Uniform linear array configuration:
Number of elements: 24
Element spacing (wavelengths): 0.75
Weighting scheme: binomial
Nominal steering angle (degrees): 15
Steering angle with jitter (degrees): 13.449
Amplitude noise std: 0.05
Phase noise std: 0.05

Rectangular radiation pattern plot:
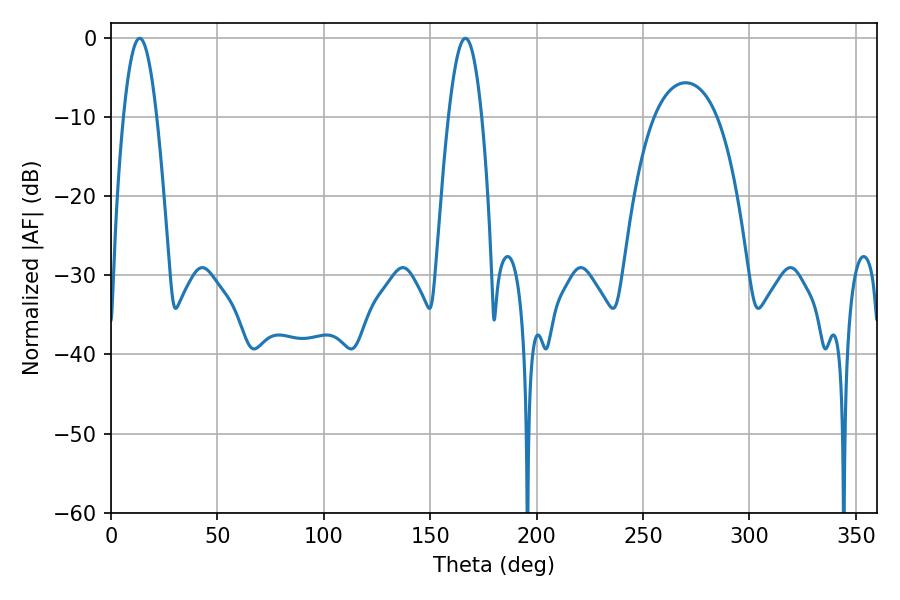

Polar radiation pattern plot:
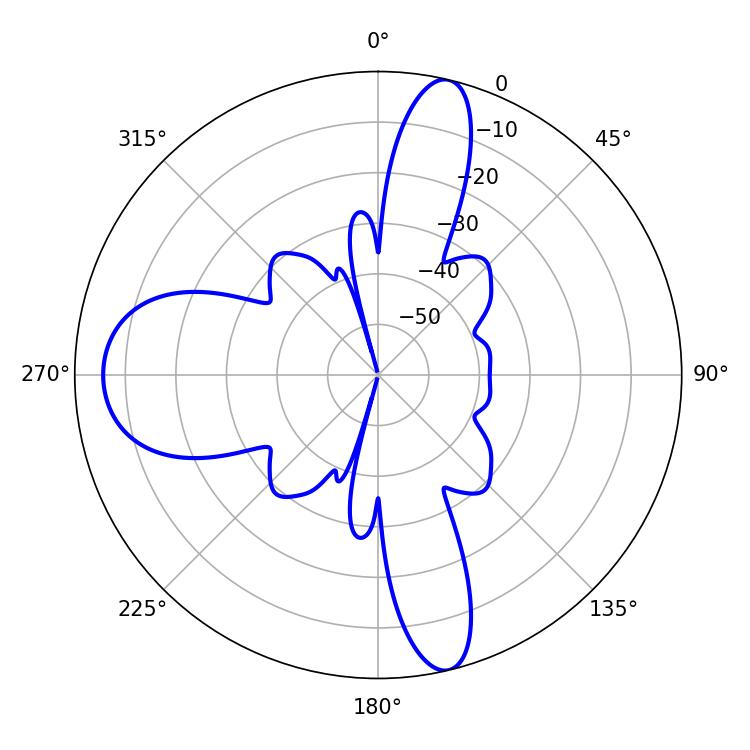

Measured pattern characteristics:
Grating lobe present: TRUE
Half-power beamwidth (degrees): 8.46
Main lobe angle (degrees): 13.5